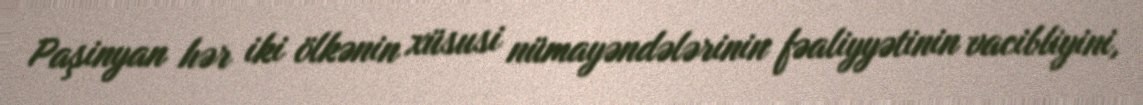
Paşinyan hər iki ölkənin xüsusi nümayəndələrinin fəaliyyətinin vacibliyini,